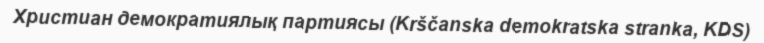
Христиан демократиялық партиясы (Krščanska demokratska stranka, KDS)